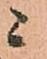
ニ